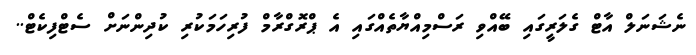
ނެޝަނަލް އާޓް ގެލަރީގައި ބޭއްވި ރަސްމިއްޔާތެއްގައި އެ ޕްރޮގްރާމް ފުރިހަމަކުރި ކުދިންނަށް ސެޓްފިކެޓް..